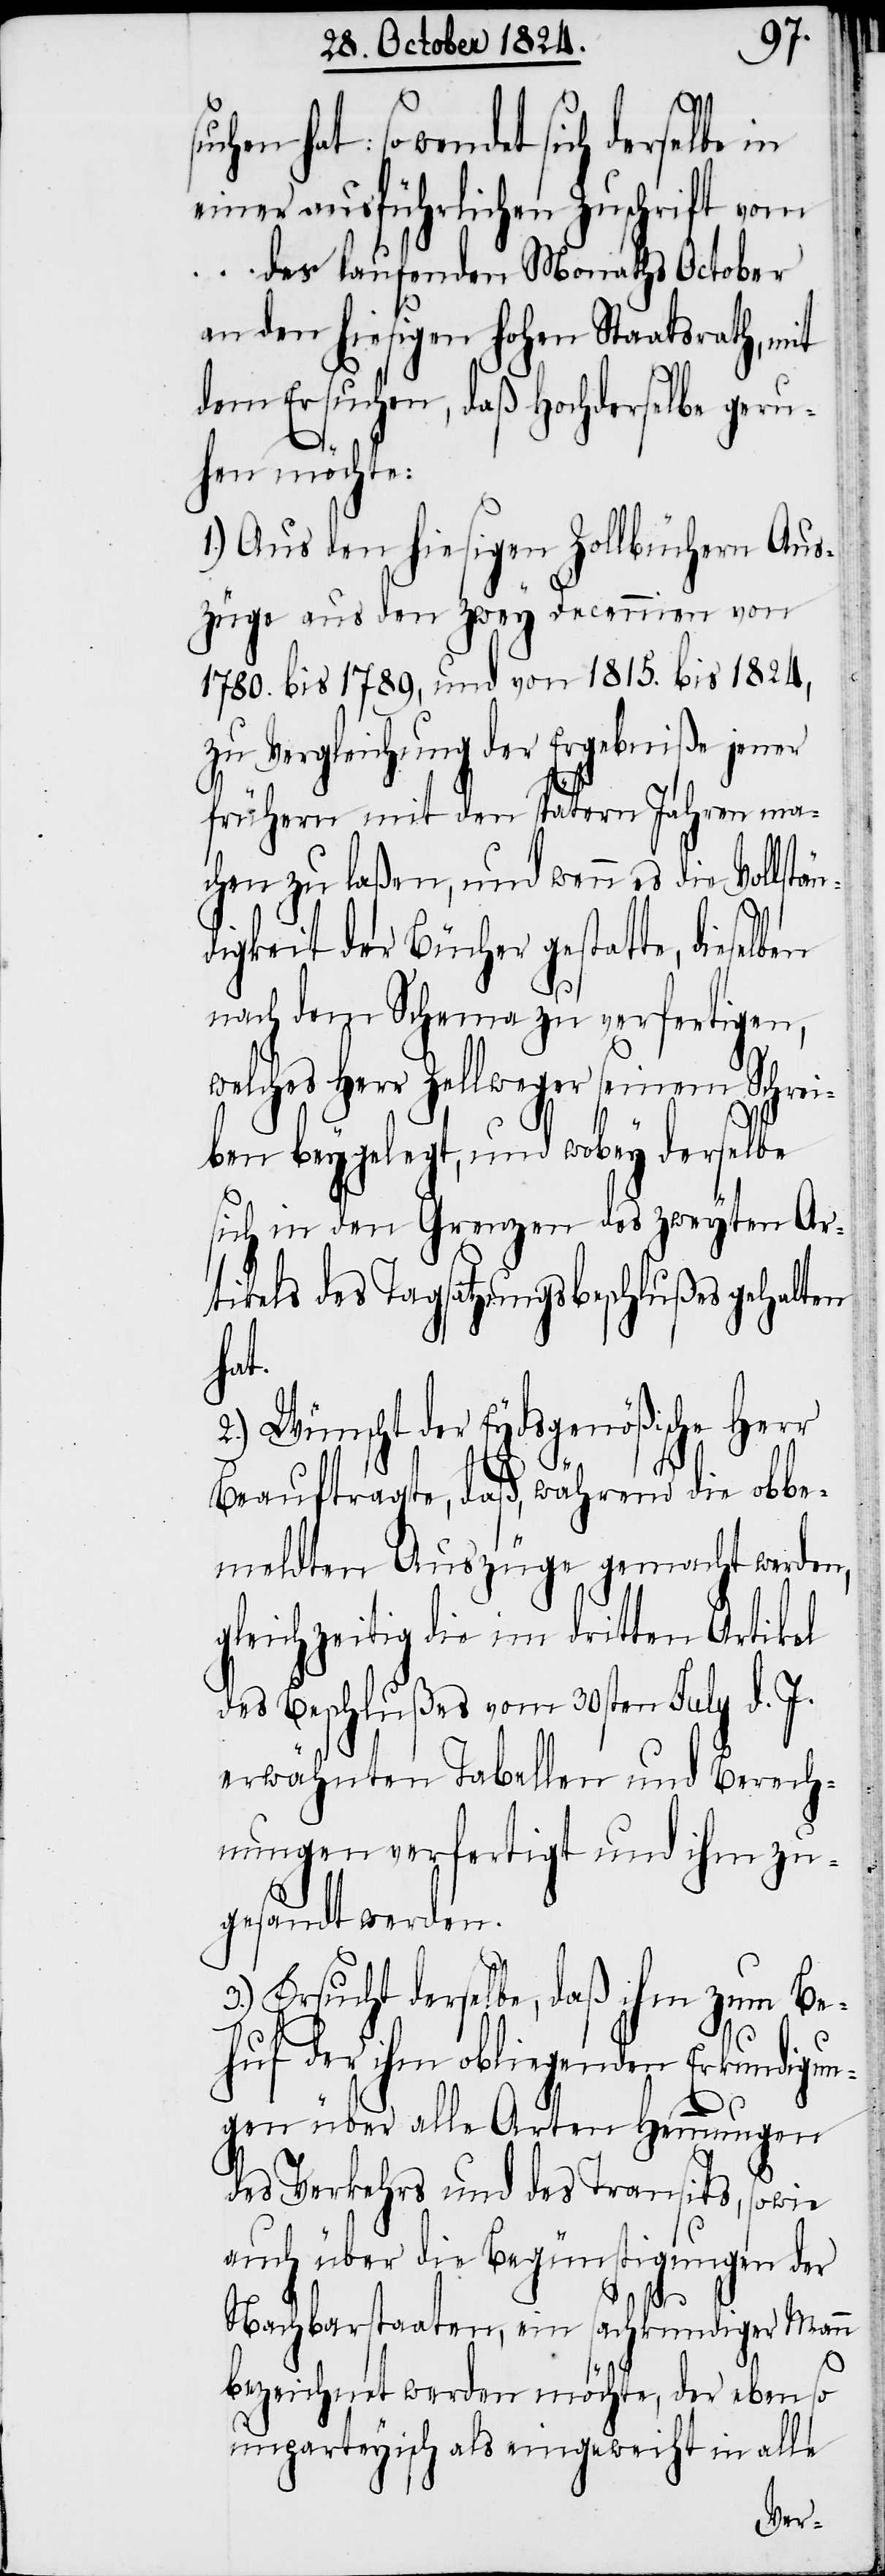
so wendet sich derselbe in
einer ausführlichen Zuschrift vom
... des laufenden Monaths October
an den hiesigen hohen Staatsrath, mit
dem Ersuchen, daß Hochderselbe geru¬
hen möchte:
1.) Aus den hiesigen Zollbüchern Aus¬
züge aus den zwey Decennien von
1780. bis 1789, und von 1815. bis 1824,
zu Vergleichung der Ergebniße jener
frühern mit den spätern Jahren ma¬
chen zu laßen, und wenn es die Vollstä¬
digkeit der Bücher gestatte, dieselben
nach dem Schema zu verfertigen,
welches Herr Zellweger seinem Schrei¬
ben beygelegt, und wobey derselbe
sich in den Grenzen des zweyten Ar¬
tikels des Tagsatzungsbeschlußes gehalten
hat.
Wünscht der Eydsgenößische Herr
Beauftragte, daß, während die obbe¬
meldten Auszüge gemacht werden,
gleichzeitig die im dritten Artikel
des Beschlußes vom 30sten July d. J.
erwähnten Tabellen und Berech¬
nungen verfertigt und ihm zu¬
gesandt werden.
3.) Ersucht derselbe, daß ihm zum Be¬
huf der ihm obliegenden Erkundigun¬
gen über alle Arten Hemmungen
des Verkehrs und des Transits, sowie
auch über die Begünstigungen der
Nachbarstaaten, ein sachkundiger Mann
n¬
bezeichnet werden möchte, der ebenso
unparteyisch als eingeweiht in alle